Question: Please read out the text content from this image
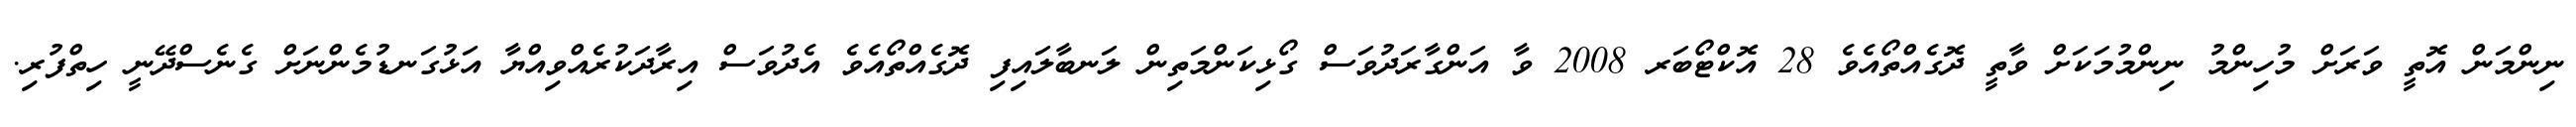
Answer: ނިންމަން އޮތީ ވަރަށް މުހިންމު ނިންމުމަކަށް ވާތީ ދޮގެއްތޯއެވެ 28 އޮކްޓޯބަރ 2008 ވާ އަންގާރަދުވަސް ގޯޅިކަންމަތިން ލަނބާލައިފި ދޮގެއްތޯއެވެ އެދުވަސް އިރާދަކުރެއްވިއްޔާ އަޅުގަނޑުމެންނަށް ގެނެސްދޭނީ ހިތްފުރި.